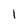
Character: l